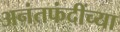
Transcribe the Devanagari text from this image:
अनंतफंदींच्या